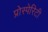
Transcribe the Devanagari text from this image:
प्रोस्पेरिटी